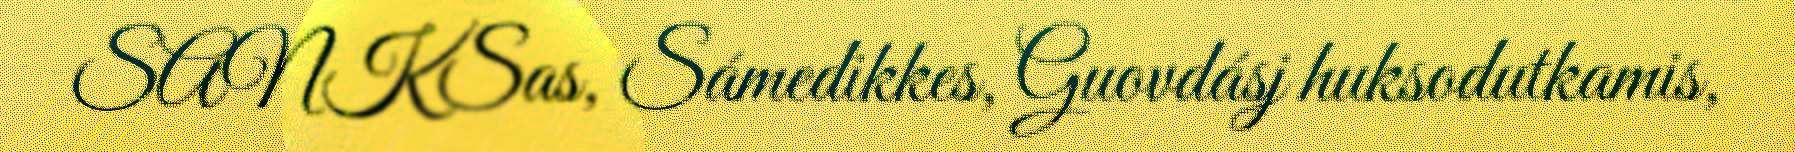
SANKSas, Sámedikkes, Guovdásj huksodutkamis,